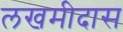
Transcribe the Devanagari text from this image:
लखमीदास